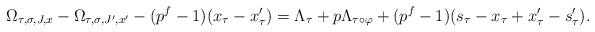
LaTeX: \begin{align*}\Omega_{\tau,\sigma,J,x} - \Omega_{\tau,\sigma,J',x'} -(p^f-1)(x_\tau -x_\tau') = \Lambda_{\tau} + p \Lambda_{\tau \circ \varphi} + (p^f-1)(s_\tau - x_\tau + x'_\tau - s_\tau').\end{align*}